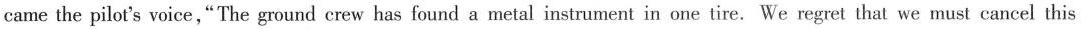
came the pilot's voice,"The ground crew has found a metal instrument in one tire. We regret that we must cancel this